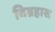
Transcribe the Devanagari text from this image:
विग्रहास